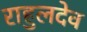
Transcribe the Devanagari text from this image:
राहुलदेव